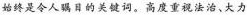
始终是令人瞩目的关键词。高度重视法治、大力